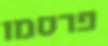
פרסמו